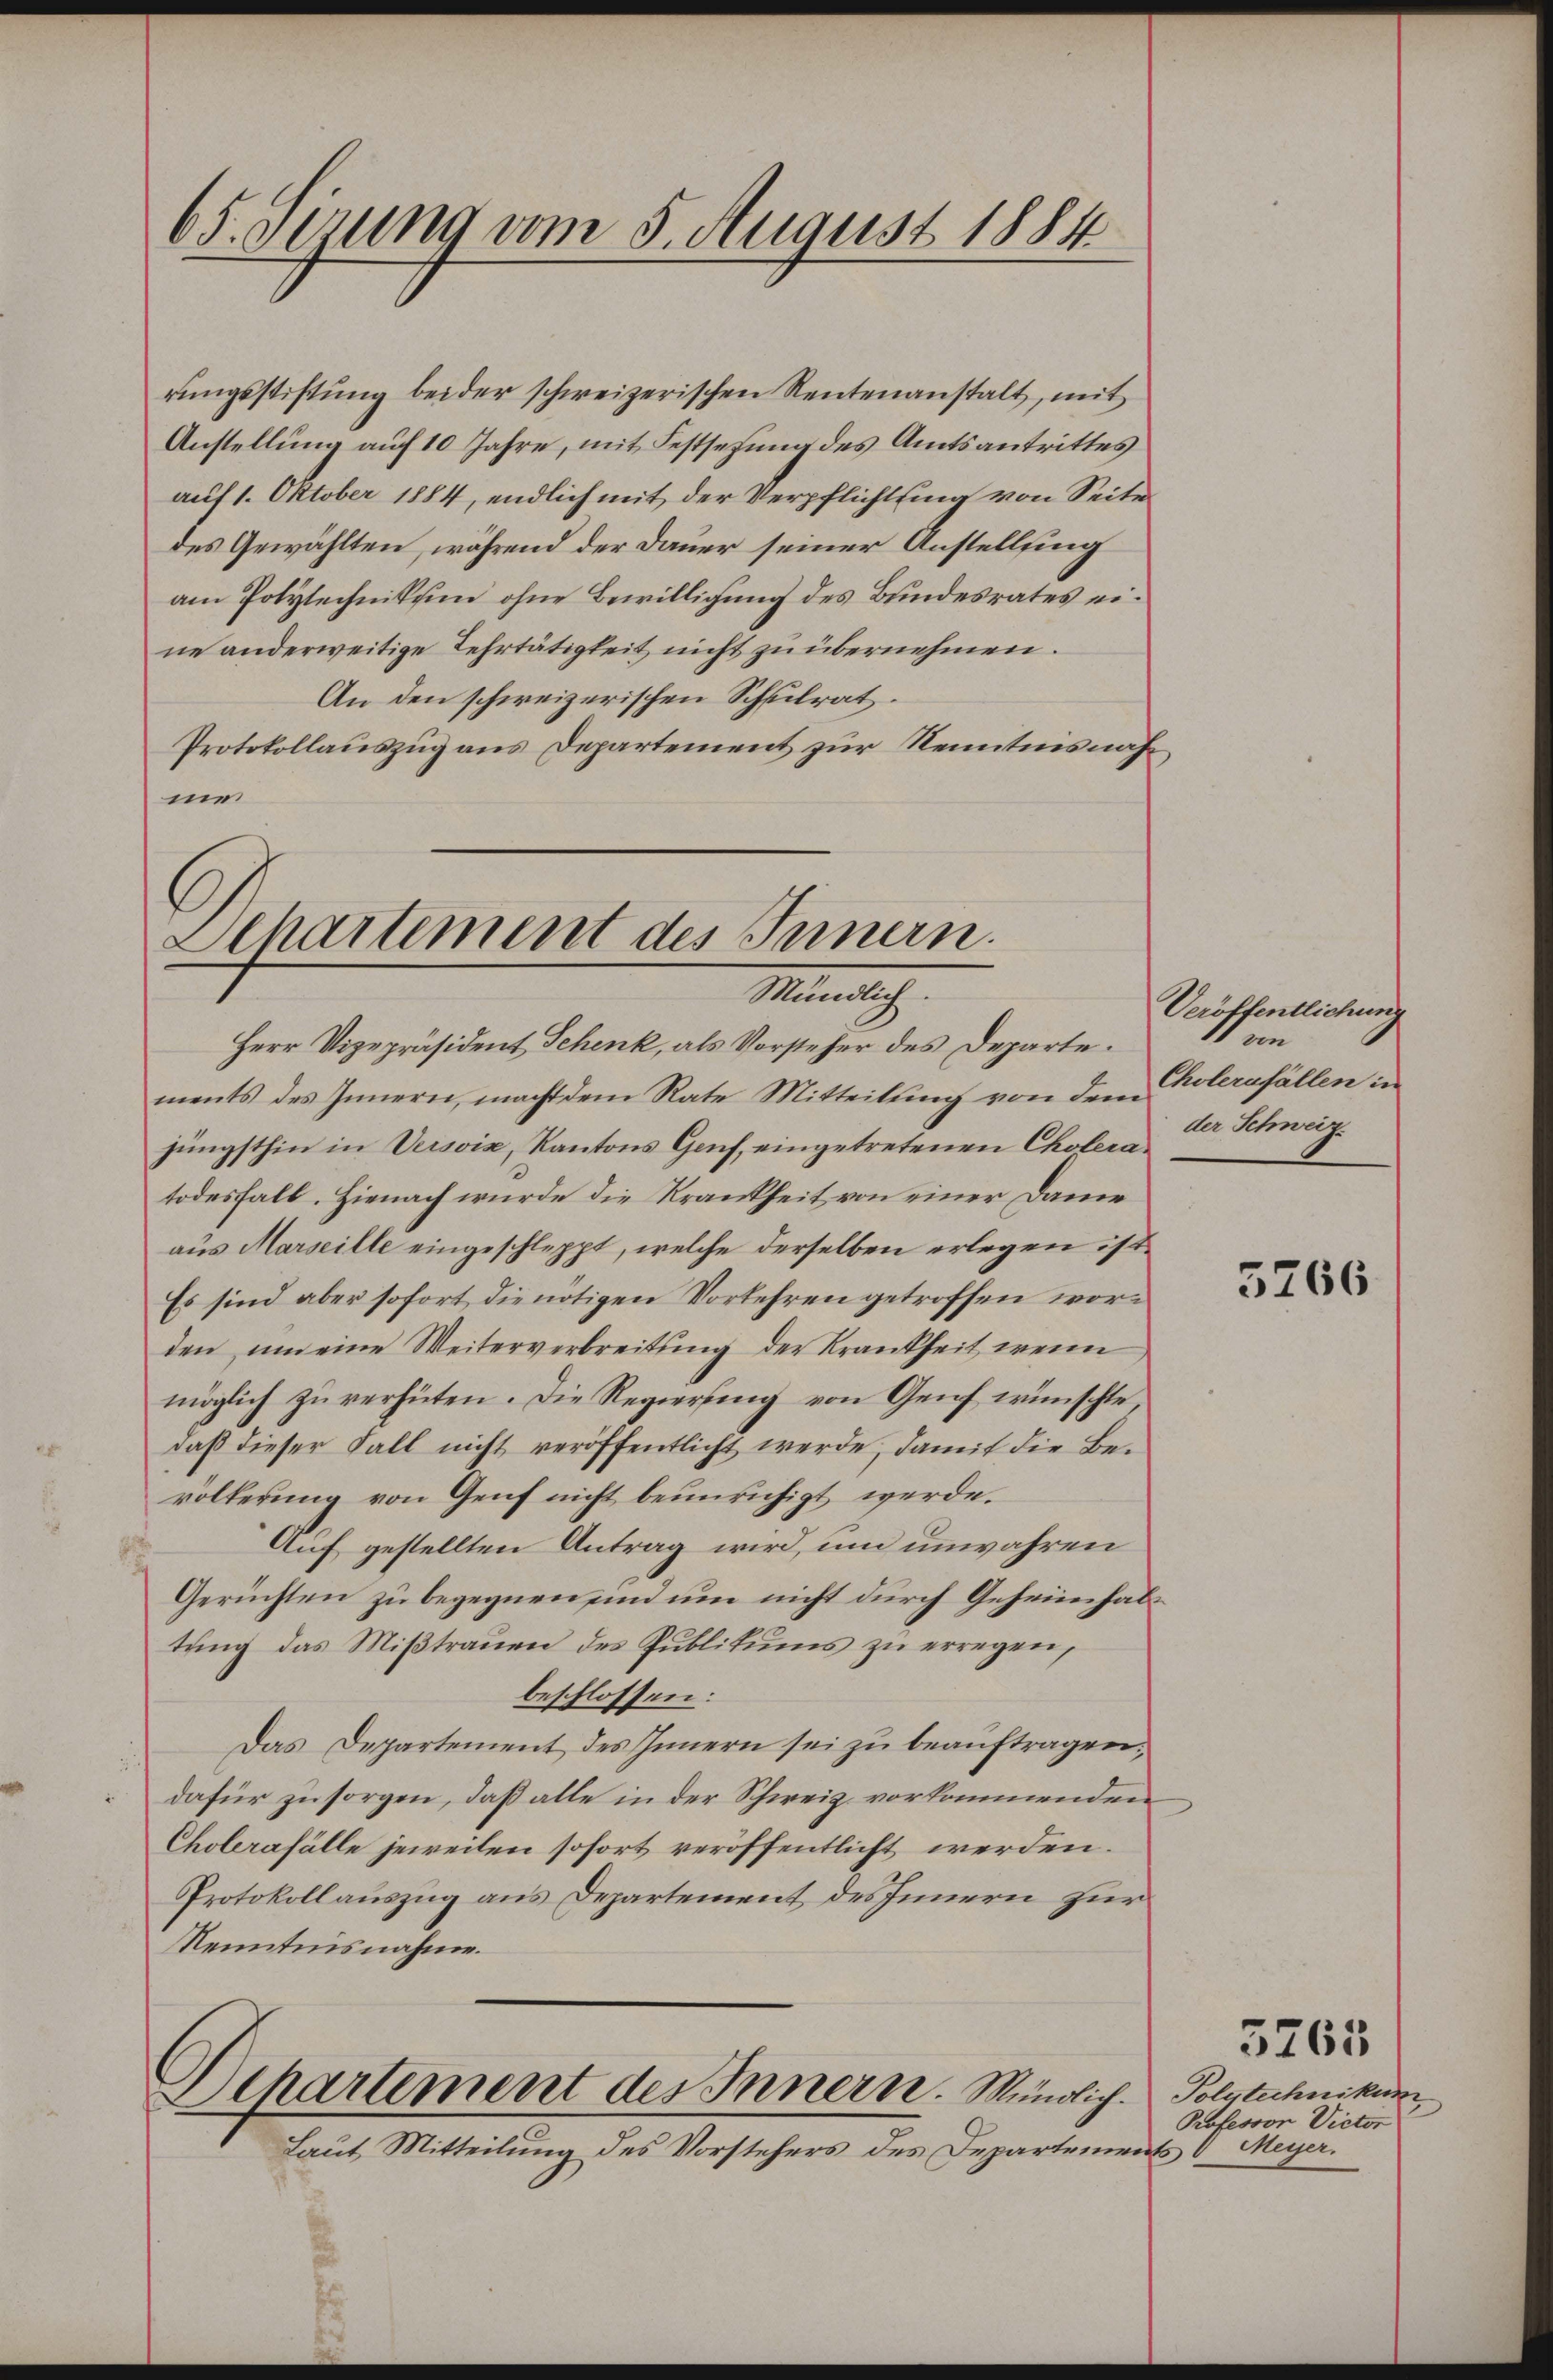
65. sezung vom 5. August 1884

rungsstiftung beider schweizerischen Rentenanstalt, mit
Anstellung auf 10 Jahre, mit Festsetzung des Amtsantrittes
auf 1. Oktober 1884, endlich mit der Verpflichtung von Seite
des Gewählten, während der Dauer seiner Anstelling
am Polytechnikum ohne Bewilligung des Bundesrates eine anderweitige Lehrtätigkeit nicht zu übernehmen.
An den schweizerischen Schulrat.
Protokollauszug aus Departement zur Kenntnisnahmes

Departement des Innern.
Mündlich.
Herr Vizepräsident Schenk, als Vorsteher des Departe.

ments des Innern, macht dem Rate Mitteilung von dem
jüngsthin in Versoix, Kantons Genf, eingetretenen Choleratodesfall. Hienach wurde die Krankheit von einer Dame
aus Marseille eingeschleppt, welche derselben erlegen ist,
Es sind aber sofort die nötigen Vorkehren getroffen worden um eine Weiterverbreitung der Krankheit, wenn
möglich zu verhüten. Die Regierung von Genf wünschte,
daß dieser Fall nicht veröffentlicht werde, damit die Bevölkerung von Genf nicht beunruhigt werde.
Auf gestellten Antrag wird, um unwahren
Gerüchten zu begegnen und um nicht durch Geheimhaltung das Mißtrauen des Publikums zu erregen,
beschlossen:
Das Departement des Innern sei zu beauftragen,
dafür zu sorgen, daß alle in der Schweiz vorkommenden
Cholerafälle jeweilen sofort veröffentlicht werden.
Protokollauszug aus Departement des Innern zur
Kenntnisnahme.

Separtement des Innern. Mündlich.
Laut Mitteilung des Vorstehers des Departemen

Veröffentlichung
1 von
Cholerafällen in
der Schweiz.

5766

Polytechnikum
Professor Victor
s 8 Meyer.

3765